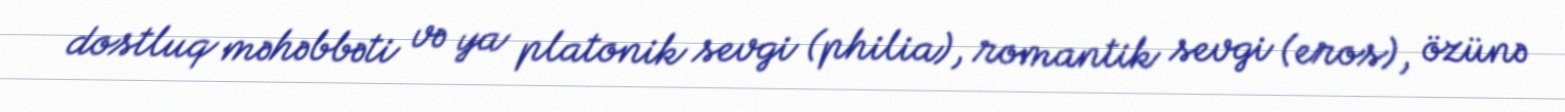
dostluq məhəbbəti və ya platonik sevgi (philia), romantik sevgi (eros), özünə